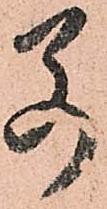
若